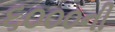
૬૦૦૦ની